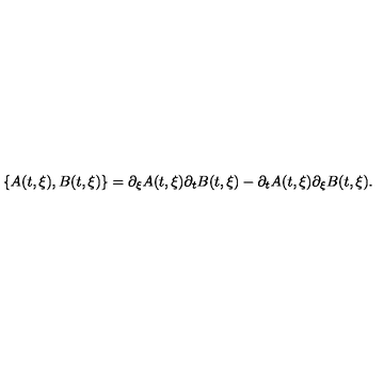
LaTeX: \lbrace A ( t , \xi ) , B ( t , \xi ) \rbrace = \partial _ { \xi } A ( t , \xi ) \partial _ { t } B ( t , \xi ) - \partial _ { t } A ( t , \xi ) \partial _ { \xi } B ( t , \xi ) .